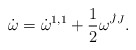
\begin{align*} \dot \omega = \dot \omega^{1,1} + \frac{1}{2}\omega^{\dot J J}.\end{align*}